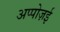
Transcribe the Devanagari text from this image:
अप्पोज़ई